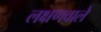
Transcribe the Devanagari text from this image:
लक्षणवाले